Lunatic asylums Punjab 1911-1921 - 1911-1921
Year: 1911
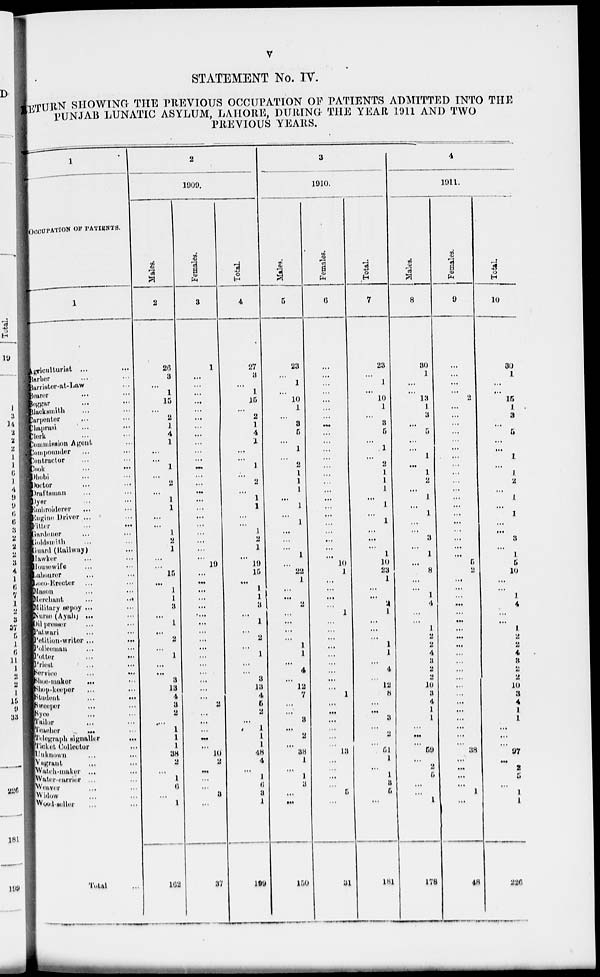
v
STATEMENT No. IV.
RETURN SHOWING THE PREVIOUS OCCUPATION OF PATIENTS ADMITTED INTO THE
PUNJAB LUNATIC ASYLUM, LAHORE, DURING THE YEAR 1911 AND TWO
PREVIOUS YEARS.
1
OCCUPATION OF PATIENTS.
1
Agriculturist ... ...
Barber ... ...
Barrister-at-Law
...
Bearer ... ...
Beggar ... ...
Blacksmith ... ...
Carpenter ... ...
Chaprasi ... ...
Clerk ... ...
Commission Agent ...
Compounder ... ...
Contractor ... ...
Cook ... ...
Dhobi ... ...
Doctor ... ...
Draftsman ... ...
Dyer ... ...
Embroiderer ... ...
Engine
Driver ... ...
Fitter ... ...
Gardener ... ...
Goldsmith ... ...
Guard (Railway) ...
Hawker ... ...
Housewife ... ...
Labourer ... ...
Loco-Erector ... ...
Mason ... ...
Merchant ... ...
Military sepoy ... ...
Nurse (Ayah) ... ...
Oil presser ... ...
Patwari ... ...
Petition-writer ... ...
Policeman ... ...
Potter ... ...
Priest ... ...
Service ... ...
Shoe-maker ... ...
Shop-keeper ... ...
Student ... ...
Sweeper ... ...
Syee ... ...
Tailor ... ...
Teacher
...
...
Telegraph signaller ...
Ticket Collector ...
Unknown ... ...
Vagrant ... ...
Watch-maker ... ...
Water-carrier ... ...
Weaver ... ...
Widow ... ...
Wood seller ... ...
Total ...
2
1909
Males.
2
26
3
...
1
15
...
2
1
4
1
...
...
1
...
2
...
1
1
...
...
1
2
1
...
...
15
...
1
1
3
...
1
...
2
...
1
...
...
3
13
4
3
2
...
1
1
1
38
2
...
1
6
...
1
162
Females.
3
1
...
...
...
...
...
...
...
...
...
...
...
...
...
...
...
...
...
...
...
...
...
...
...
19
...
...
...
...
...
...
...
...
...
...
...
...
...
...
...
...
2
...
...
...
...
...
10
2
...
...
...
3
...
37
Total.
4
27
3
...
1
15
...
2
1
4
1
...
...
1
...
2
...
1
1
...
...
1
2
1
...
19
15
...
1
1
3
...
1
...
2
...
1
...
...
3
13
4
5
2
...
1
1
1
48
4
...
1
6
3
1
199
3
1910
Males.
5
23
...
1
...
10
1
...
3
5
...
1
...
2
1
1
1
...
1
...
1
...
...
...
1
...
22
1
...
...
2
...
...
...
...
1
1
...
4
...
12
7
...
...
3
...
2
...
38
1
...
1
3
...
...
150
Females.
6
...
...
...
...
...
...
...
...
...
...
...
...
...
...
...
...
...
...
...
...
...
...
...
...
10
1
...
...
...
...
1
...
...
...
...
...
...
...
...
...
1
...
...
...
...
...
...
13
...
...
...
...
5
...
31
Total.
7
23
...
1
...
10
1
...
3
5
...
1
...
2
1
1
1
...
1
...
1
...
...
...
1
10
23
1
...
...
2
1
...
...
...
1
1
...
4
...
12
8
...
...
3
...
2
...
61
1
...
1
3
5
...
181
4
1911
Males.
8
30
1
...
...
13
1
3
...
5
...
...
1
...
1
2
...
1
...
1
...
...
3
...
1
...
8
...
...
1
4
...
...
1
2
2
4
3
2
2
10
3
4
1
1
...
...
...
59
...
2
5
...
...
1
178
Females.
9
...
...
...
...
2
...
...
...
...
...
...
...
...
...
...
...
...
...
...
...
...
...
...
...
5
2
...
...
...
...
...
...
...
...
...
...
...
...
...
...
...
...
...
...
...
...
...
38
...
...
...
...
1
...
48
Total.
10
30
1
...
...
15
1
3
...
5
...
...
1
...
1
2
...
1
...
1
...
...
3
...
1
5
10
...
...
1
4
...
...
1
2
2
4
3
2
2
10
3
4
1
1
...
...
...
97
...
2
5
...
1
1
226